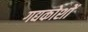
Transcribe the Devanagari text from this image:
गद्यकोशों